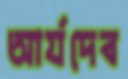
আর্যদেব